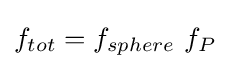
f_{tot}=f_{sphere}\ f_{P}